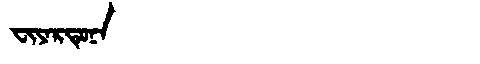
Manchu: ᠸᡳᠶᠠᡵᡨᡠᠨᠠ
Romanization: FIYARTUNA